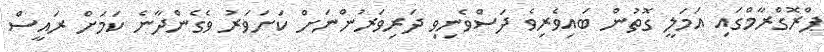
ޕްރޮގްރާމްގައި އަމަލީ ގޮތުން ބައިވެރިވެ ދަސްވެނިވި ދަރިވަރުންނަށް ކަށަވަރު ވެގެންދާނެ ކަމަށް ރައީސް